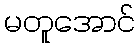
မတူအောင်